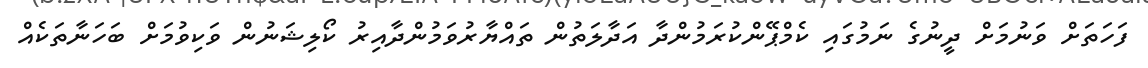
ފަހަތަށް ވަނުމަށް ދީނުގެ ނަމުގައި ކެމްޕޭންކުރަމުންދާ އަދާލަތުން ތައްޔާރުވަމުންދާއިރު ކޯލިޝަނުން ވަކިވުމަށް ބަހަނާތަކެއް